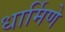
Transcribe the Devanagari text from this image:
धार्मिणे